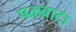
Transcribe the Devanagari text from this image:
पळवाटा